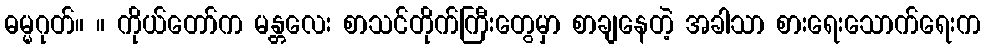
ဓမ္မဂုတ်။ ။ ကိုယ်တော်က မန္တလေး စာသင်တိုက်ကြီးတွေမှာ စာချနေတဲ့ အခါသာ စားရေးသောက်ရေးက